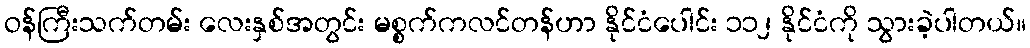
ဝန်ကြီးသက်တမ်း လေးနှစ်အတွင်း မစ္စက်ကလင်တန်ဟာ နိုင်ငံပေါင်း ၁၁၂ နိုင်ငံကို သွားခဲ့ပါတယ်။